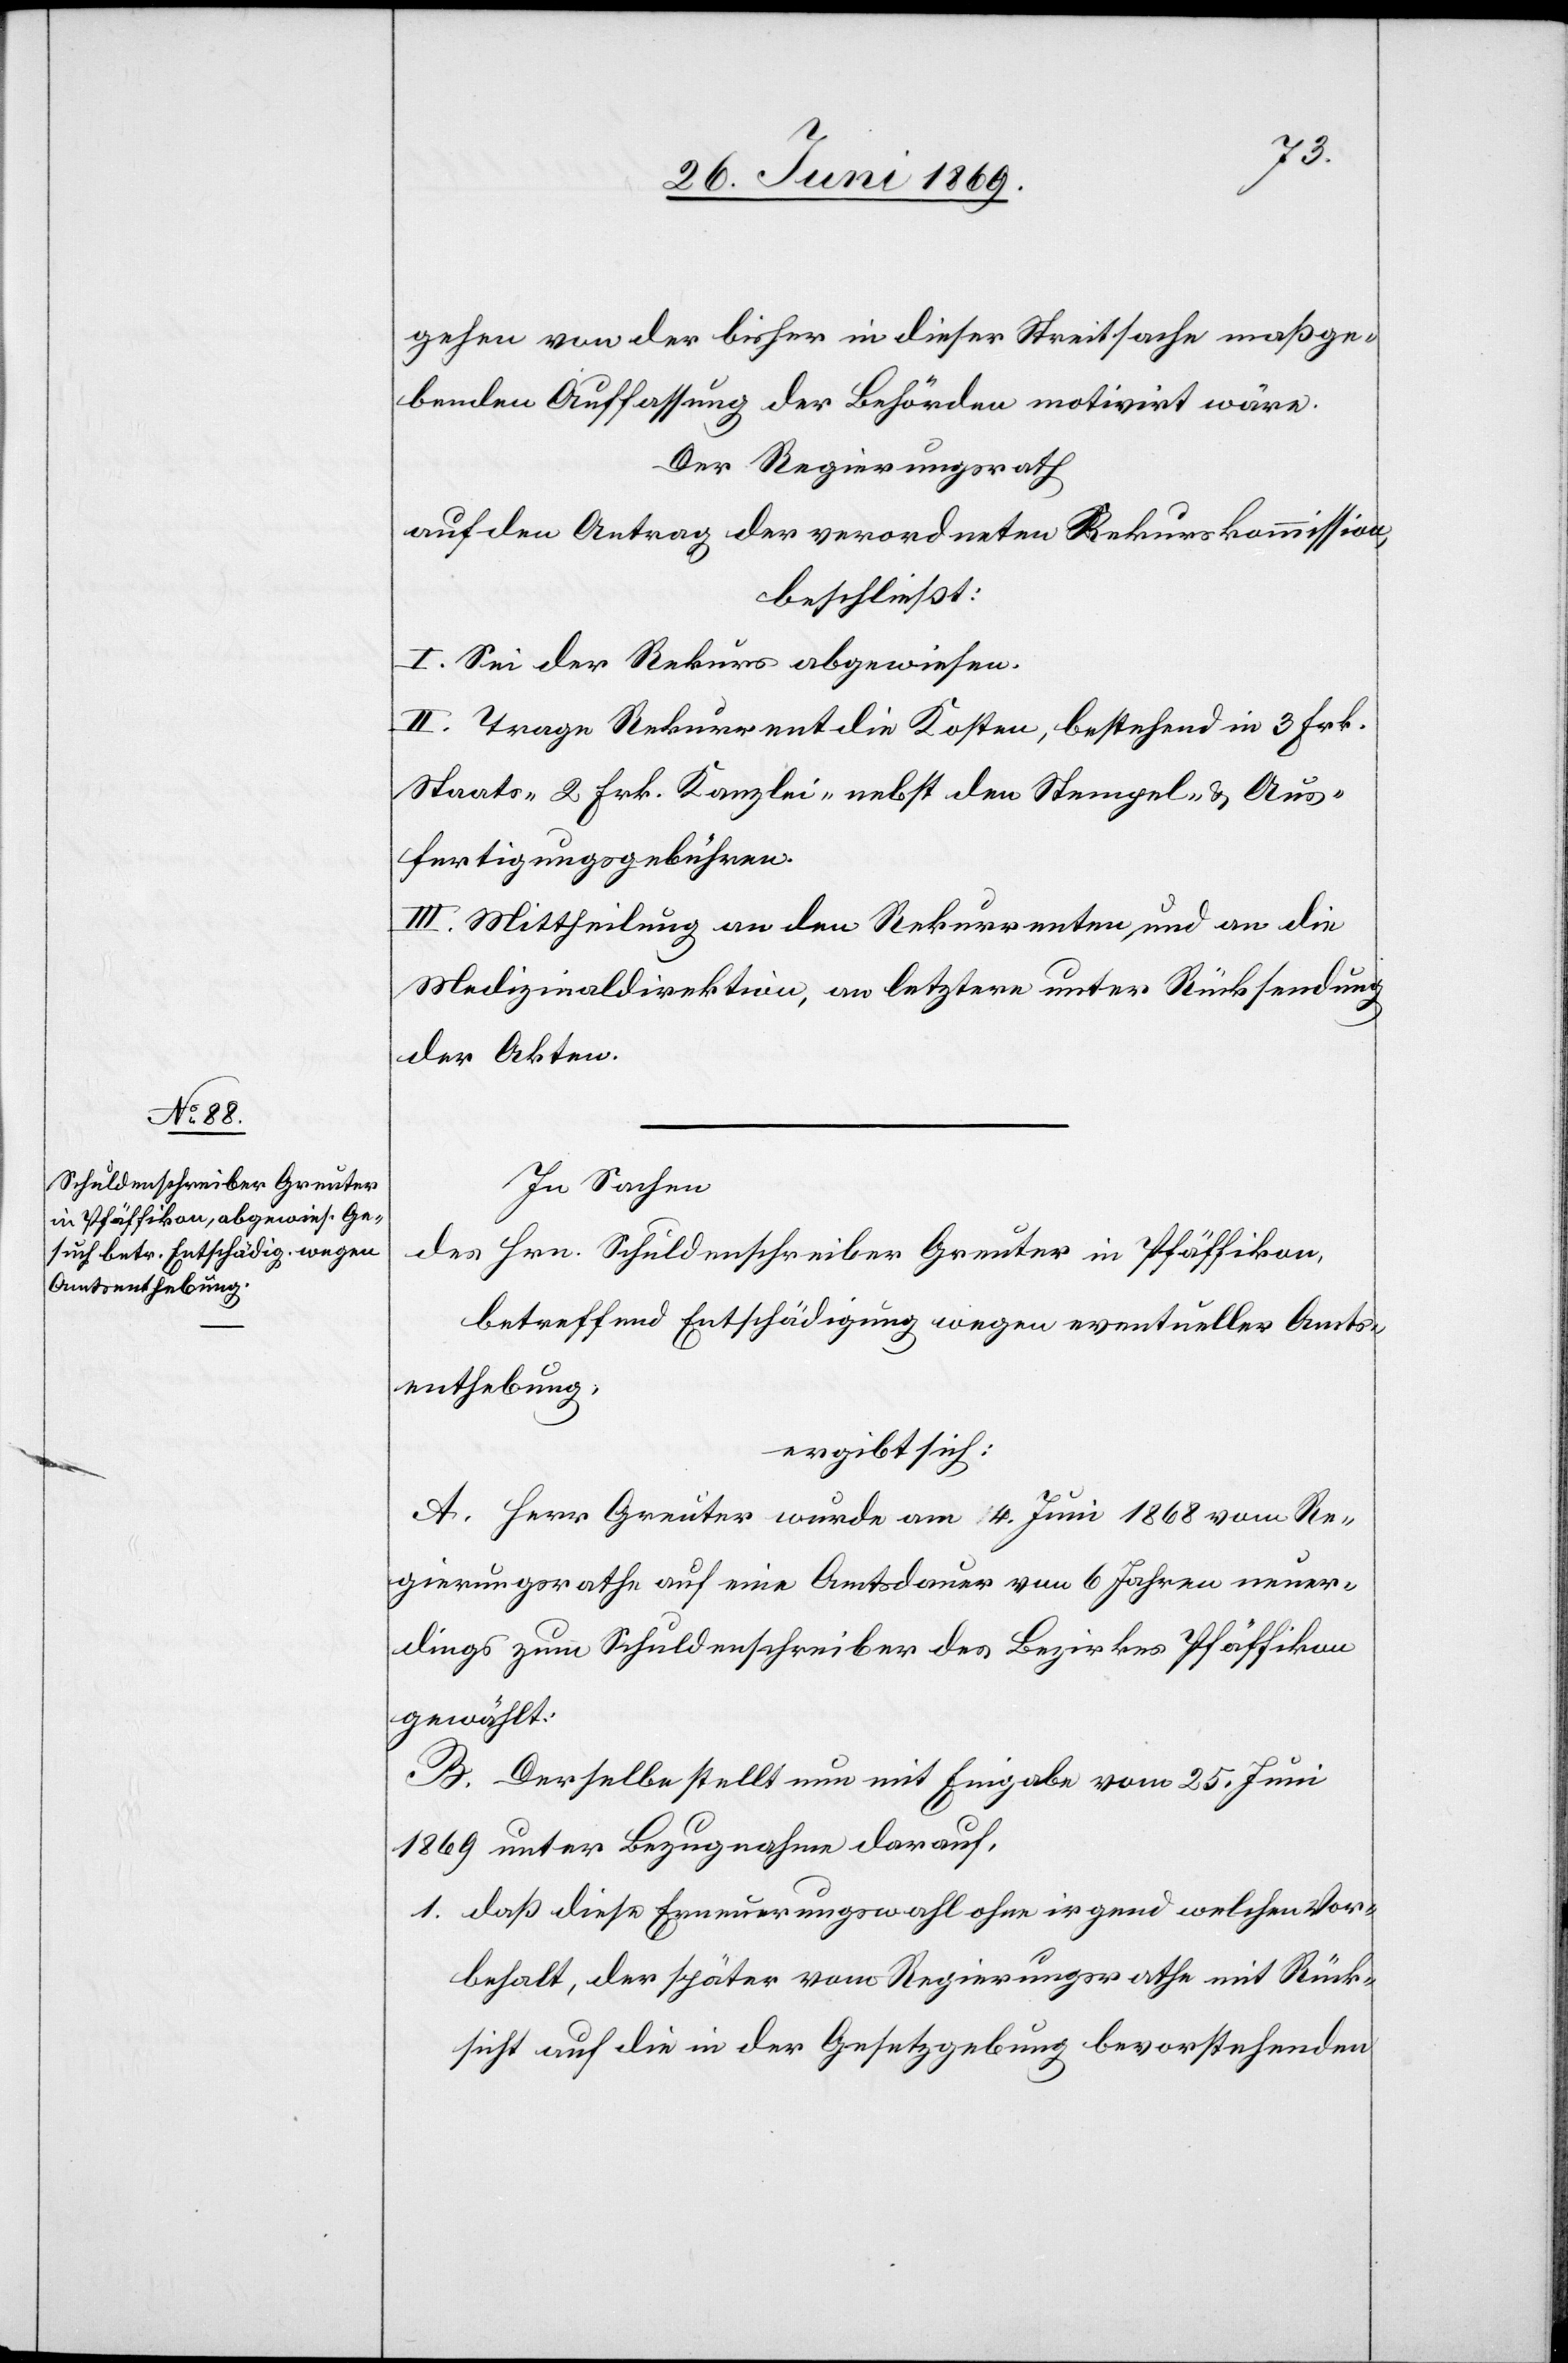
gehen von der bisher in dieser Streitsache maßge¬
benden Auffassung der Behörden motivirt wäre.
Der Regierungsrath
auf den Antrag der verordneten Rekurskommission,
beschließt:
I. Sei der Rekurs abgewiesen.
II. Trage Rekurrent die Kosten, bestehend in 3 Frk.
Staats- 2 Frk. Kanzlei- nebst den Stempel- u. Aus¬
fertigungsgebühren.
III. Mittheilung an den Rekurrenten, und an die
Medizinaldirektion, an letztere unter Rücksendung
der Akten.
In Sachen
des Hrn. Schuldenschreiber Greuter in Pfäffikon,
betreffend Entschädigung wegen eventueller Amts¬
enthebung,
ergibt sich:
A. Herr Greuter wurde am 14 Juni 1868 vom Re¬
gierungsrathe auf eine Amtsdauer von 6 Jahren neuer¬
dings zum Schuldenschreiber des Bezirkes Pfäffikon
gewählt:
B. Derselbe stellt nun mit Eingabe vom 25 Juni
1869 unter Bezugnahme darauf.
1. daß diese Erneuerungswahl irgend welchen Vor¬
behalt, der später vom Regierungsrathe mit Rück¬
sicht auf die in der Gesetzgebung bevorstehenden